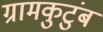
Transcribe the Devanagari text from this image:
ग्रामकुटुंब